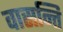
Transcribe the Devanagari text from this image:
वासन्ति